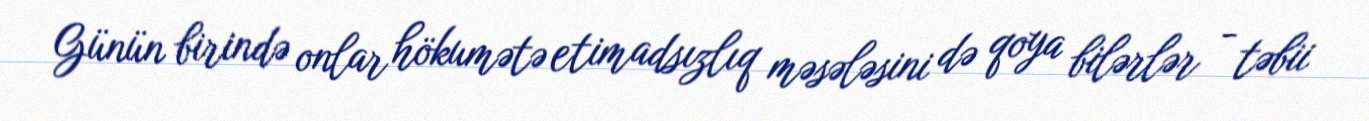
Günün birində onlar hökumətə etimadsızlıq məsələsini də qoya bilərlər - təbii